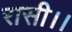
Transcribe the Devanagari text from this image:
रासी।।